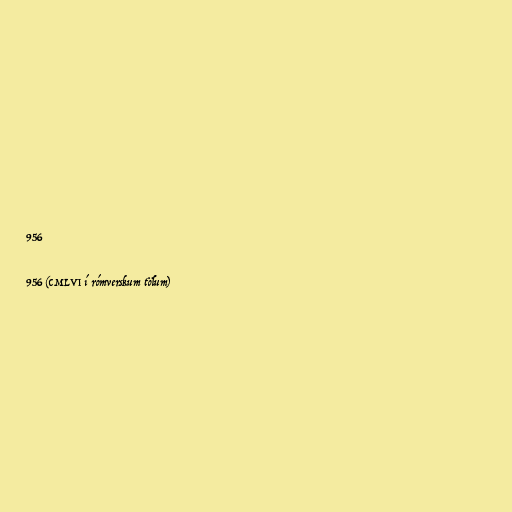
956

956 (CMLVI í rómverskum tölum)